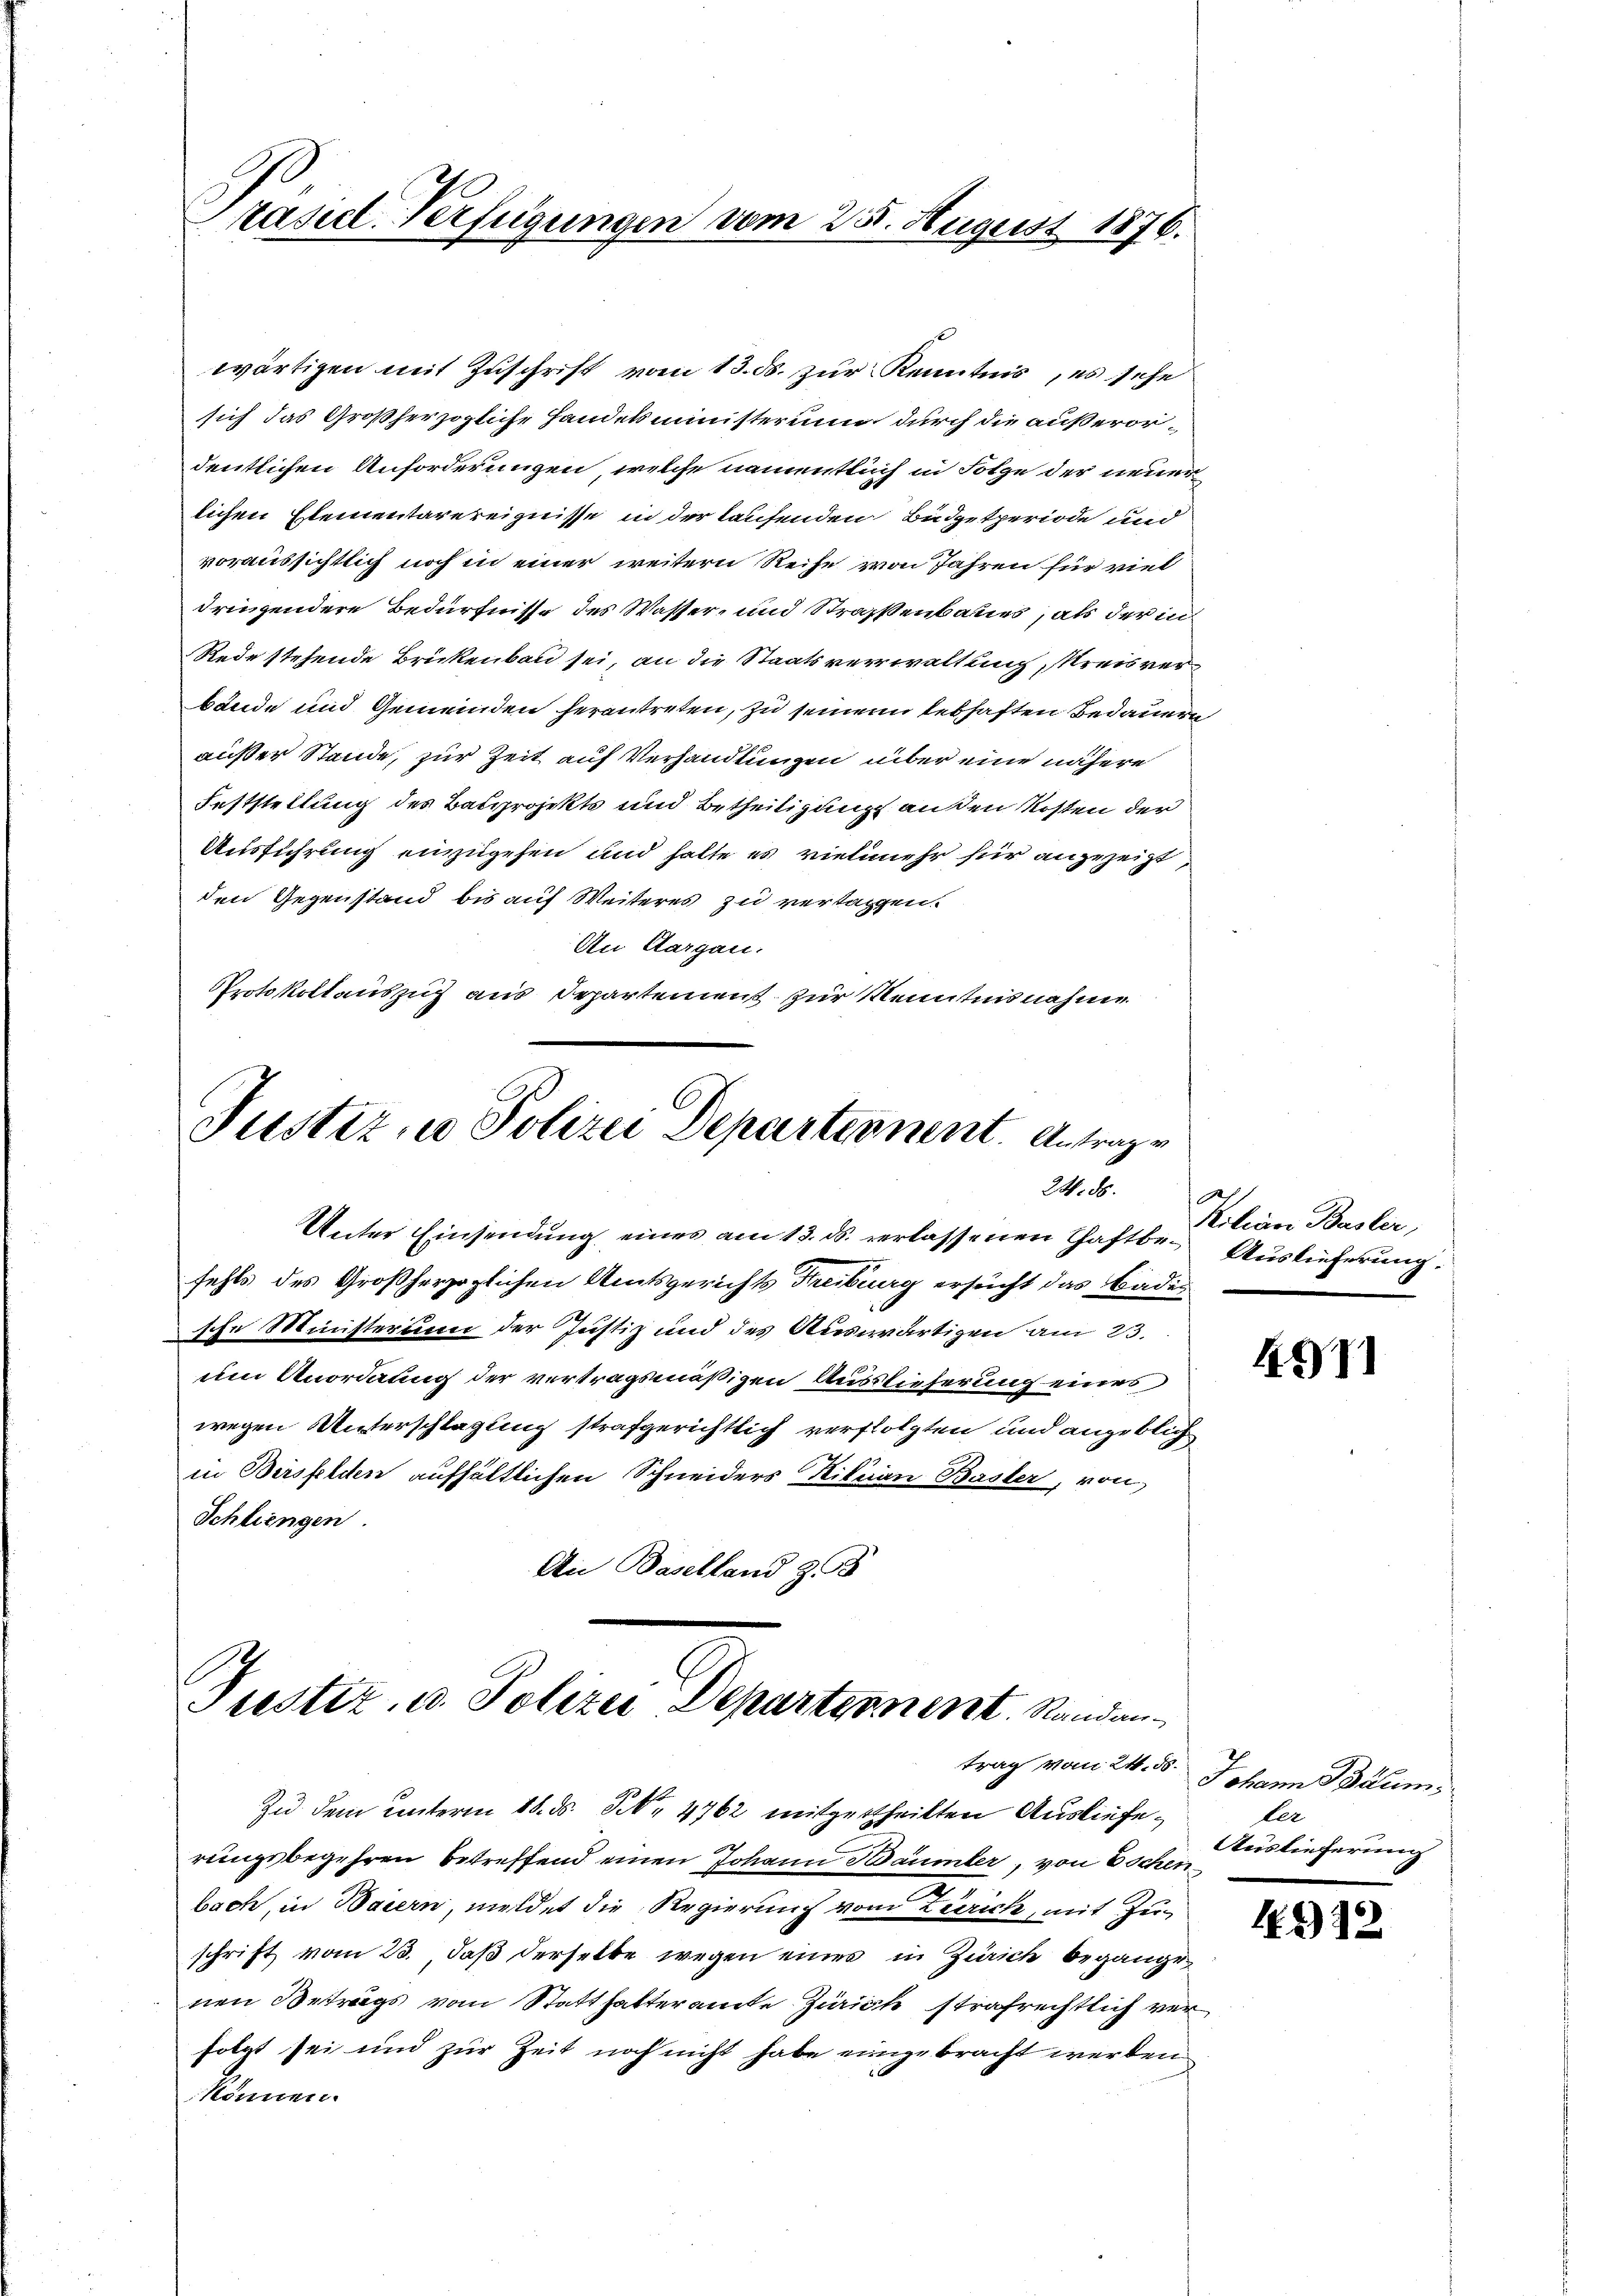
Präsid. Verfügungen vom 25. August 1876.

wärtigen mit Zuschrift vom 13. ds. zur Kenntnis, es sehe
sich das Großherzogliche Handelsministerium durch die außerordeutlichen Anforderungen, welche namentlich in Folge der neuerlichen Elementarereignisse in der laufenden Budgetperiode und
voraussichtlich noch in einer weitern Reife von Jahren für viel
dringendere Bedürfnisse des Wasser- und Straßenbaues, als der in
Rede stehende Brückenbau sei, an die Staatsverwaltung, Kreisverbände und Gemeinden herantreten, zu seinem lebhaften Bedauern
außer Stande, zur Zeit auf Verhandlungen über eine nähere
Feststellung des Batzprojekts und Betheiligung ausen Kosten der
Ausführung einzugehen und halte es vielmehr für anzuzeigt
den Gegenstand bis auf Weiteres zu vertagen.
An Aargau.
Protokollauszug aus Departement zur Kenntnisnahme

Justiz, u. Polizei Departennent. Antrage
24. ds.
Unter Einsendung eines am 13. ds. verlassenen Chaftbe- Auslieferung.

Pustiz, u. Polizei Departennent. Standantrag vom 24. 85.

fehls des Großherzoglichen Amtsgerichts Freiburg ersucht das Badische Ministerium der Justiz und des Auswärtigen am 23.
um Anordnung der vertragsmäßigen Auslieferung eines
wegen Unterschlagung strafgerichtlich verfolgten und angeblich
in Bersfeldten aufhältlichen Schneiders Nikrian Basler, von
Schliengen
An Baselland z

Zu dem unterm 18. ds. S. 4762 mitgetheilten Auslieferungsbegehren betreffend einen Johann Bäumler, von Eschen
bach, in Baiern, meldet die Regierung vom Zürich, mit Zuschrift vom 23., daß derselbe wegen eines in Zürich begangenen Betrags vom Statthalteramte Zürich strafrechtlich verfolgt sei und zur Zeit noch nicht habe einige bracht werden
können.

Koliner Basler,

471

Johann Bäum
ler
Auslieferung

4.312